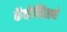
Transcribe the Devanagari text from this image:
कॅव्हेन्डिशने